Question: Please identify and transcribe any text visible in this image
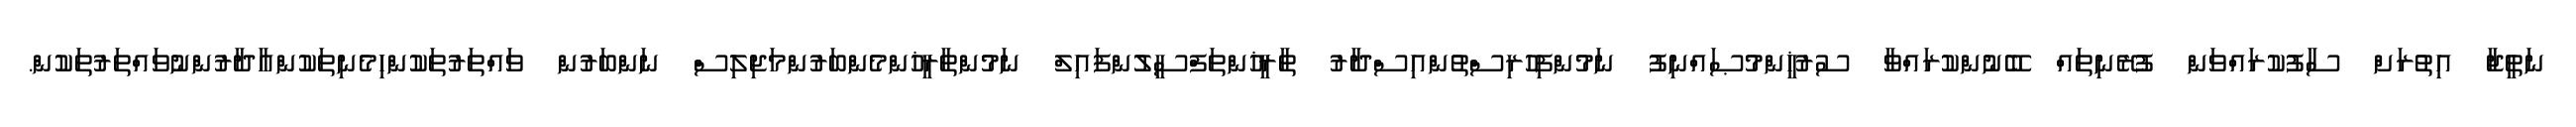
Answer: ނަތީޖާ އިތުރަށް ސާފުކުރައްވަން ފުރޭނިތައް ބޭނުންކުރައްވާ ސުރުޚީންމުޞައްނިފު ނަމުންފިހުރިސްތުންއިސްދާރު ތާރީޚުންތަފްސީލުންފައިލް ނަމުންތާރީޚުންމެންބަރުންމަޖިލިސް ނަންބަރުން ވައްތަރުތަކުންހިމެނިތަކުންއާދާރުންނުވައްތަރުތަކުން.